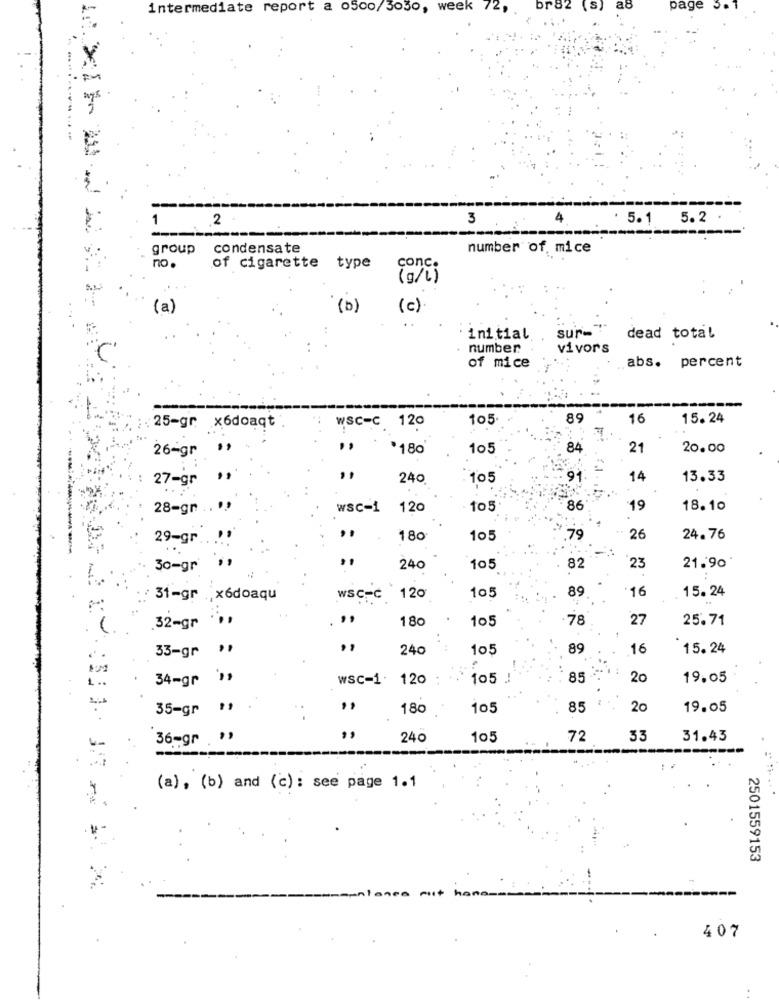
intermediate report a o500/3030, week 72,
br82 (s)
a8
page
1
2
3
4
5.1
5.2
group
condensate
number of mice
no .
of cigarette type
conc.
(g/l)
(a)
(b)
(c)
sur-
initial
dead total
. number
vivors
abs. percent
of mice
105
89
16
15. 24
:: 25-gr x6doaqt
WSC-C 120
26-gr ",
*180
105
84
21
20.00
27-gr
240
105
91
14
13.33
28=gr
wsc-1
120
105
86
19
18.10
29-gr
180
105
,79
26
24.76
30-gr
240
105
82
23
21.90
89
16
15.24
:: 31-gr x6doaqu
wSC-c 120
105
. ..
180
105
78
27
25.71
32-gr
33-gr ,
240
105
89
16
15.24
34-gr
wsc-1. 120
105
85
20
19.05
35-gr **
180
105
85
20
19.05
36-gr . ",
240
105
72
33
31.43
(a), (b) and (c) : see page 1.1
2501559153
407